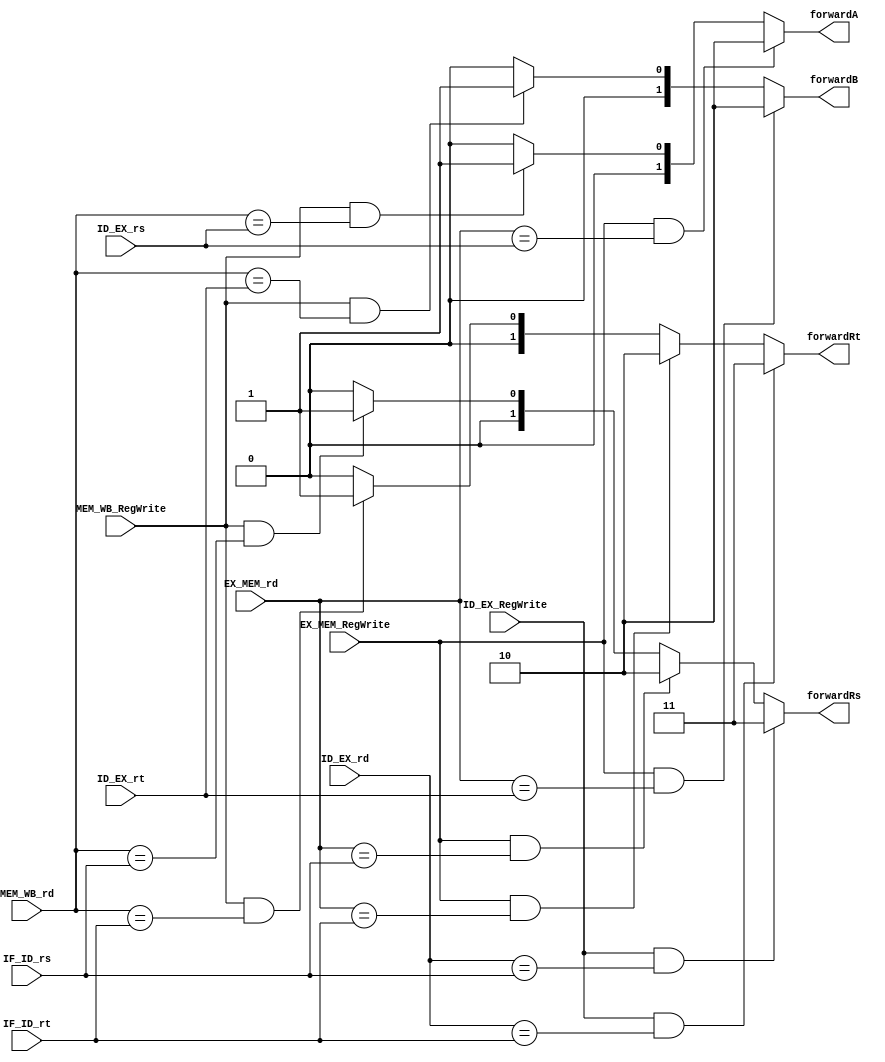
module Forwarding_unit(
    input wire [1:0] IF_ID_rs,
    input wire [1:0] IF_ID_rt,
    input wire [1:0] ID_EX_rs,
    input wire [1:0] ID_EX_rt,
    input wire [1:0] ID_EX_rd,
    input wire [1:0] EX_MEM_rd,
    input wire [1:0] MEM_WB_rd,
    input wire ID_EX_RegWrite,
    input wire EX_MEM_RegWrite,
    input wire MEM_WB_RegWrite,
    output reg [1:0] forwardA,
    output reg [1:0] forwardB,
    output reg [1:0] forwardRs,
    output reg [1:0] forwardRt
);
    always @(*) begin
        //forwarding for ALUInputA in EX stage
        if(EX_MEM_RegWrite && EX_MEM_rd == ID_EX_rs) forwardA = 2'b10;              //from EX
        else if(MEM_WB_RegWrite && MEM_WB_rd == ID_EX_rs) forwardA = 2'b01;         //from MEM
        else forwardA=0;
        
        //forwarding for ALUInputB in EX stage
        if(EX_MEM_RegWrite && EX_MEM_rd == ID_EX_rt) forwardB=2'b10;                //from EX
        else if(MEM_WB_RegWrite && MEM_WB_rd == ID_EX_rt) forwardB = 2'b01;         //from MEM
        else forwardB=0;
        
        //forwarding for Rs in ID stage         
        if(ID_EX_RegWrite && ID_EX_rd == IF_ID_rs) forwardRs = 2'b11;               //from ID
        else if(EX_MEM_RegWrite && EX_MEM_rd == IF_ID_rs) forwardRs=2'b10;          //from EX
        else if(MEM_WB_RegWrite && MEM_WB_rd == IF_ID_rs) forwardRs = 2'b01;        //from MEM
        else forwardRs=0;
        
        //forwarding for Rd in ID stage
        if(ID_EX_RegWrite && ID_EX_rd == IF_ID_rt) forwardRt = 2'b11;               //from ID
        else if(EX_MEM_RegWrite && EX_MEM_rd == IF_ID_rt) forwardRt=2'b10;          //from EX
        else if(MEM_WB_RegWrite && MEM_WB_rd == IF_ID_rt) forwardRt = 2'b01;        //from MEM
        else forwardRt=0;
    end        
    
endmodule